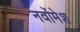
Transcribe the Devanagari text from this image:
नवोंमेश